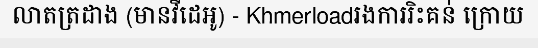
លាតត្រដាង (មានវីដេអូ) - Khmerloadរងការរិះគន់ ក្រោយ